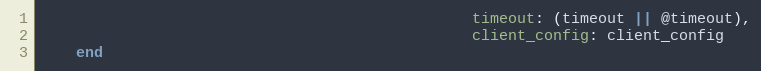
Language: Ruby
                                                timeout: (timeout || @timeout),
                                                client_config: client_config
    end